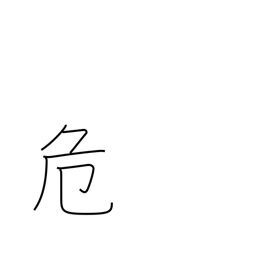
Meaning: uneasy